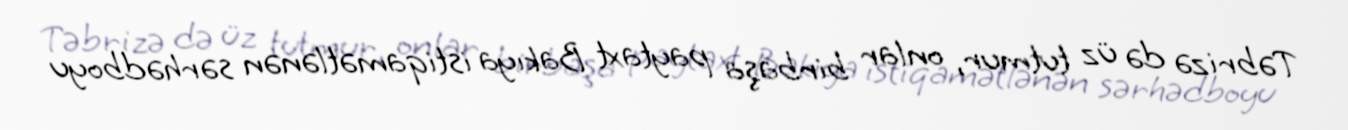
Təbrizə də üz tutmur, onlar birbaşa paytaxt Bakıya istiqamətlənən sərhədboyu